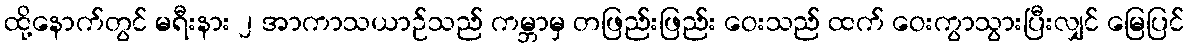
ထို့နောက်တွင် မရီးနား ၂ အာကာသယာဉ်သည် ကမ္ဘာမှ တဖြည်းဖြည်း ဝေးသည် ထက် ဝေးကွာသွားပြီးလျှင် မြေပြင်